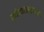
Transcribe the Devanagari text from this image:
खेळकरपणा